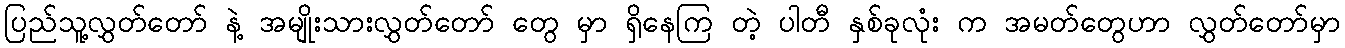
ပြည်သူ့လွှတ်တော် နဲ့ အမျိုးသားလွှတ်တော် တွေ မှာ ရှိနေကြ တဲ့ ပါတီ နှစ်ခုလုံး က အမတ်တွေဟာ လွှတ်တော်မှာ